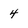
Character: 4